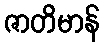
ဇာတိမာန်